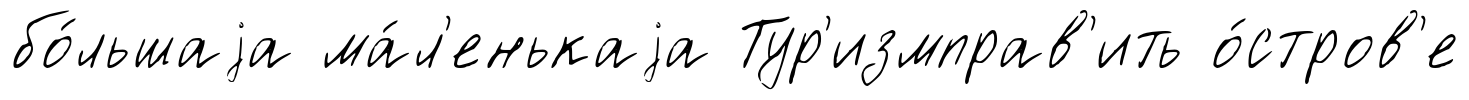
бо́льшаjа ма́л'енькаjа Тур'измправ'ить о́стров'е